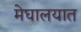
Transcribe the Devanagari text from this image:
मेघालयात